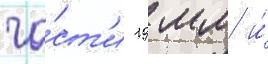
ча́ст'и 19 мм и́